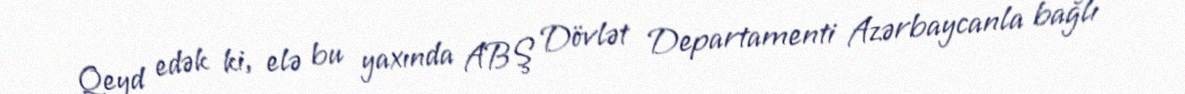
Qeyd edək ki, elə bu yaxında ABŞ Dövlət Departamenti Azərbaycanla bağlı